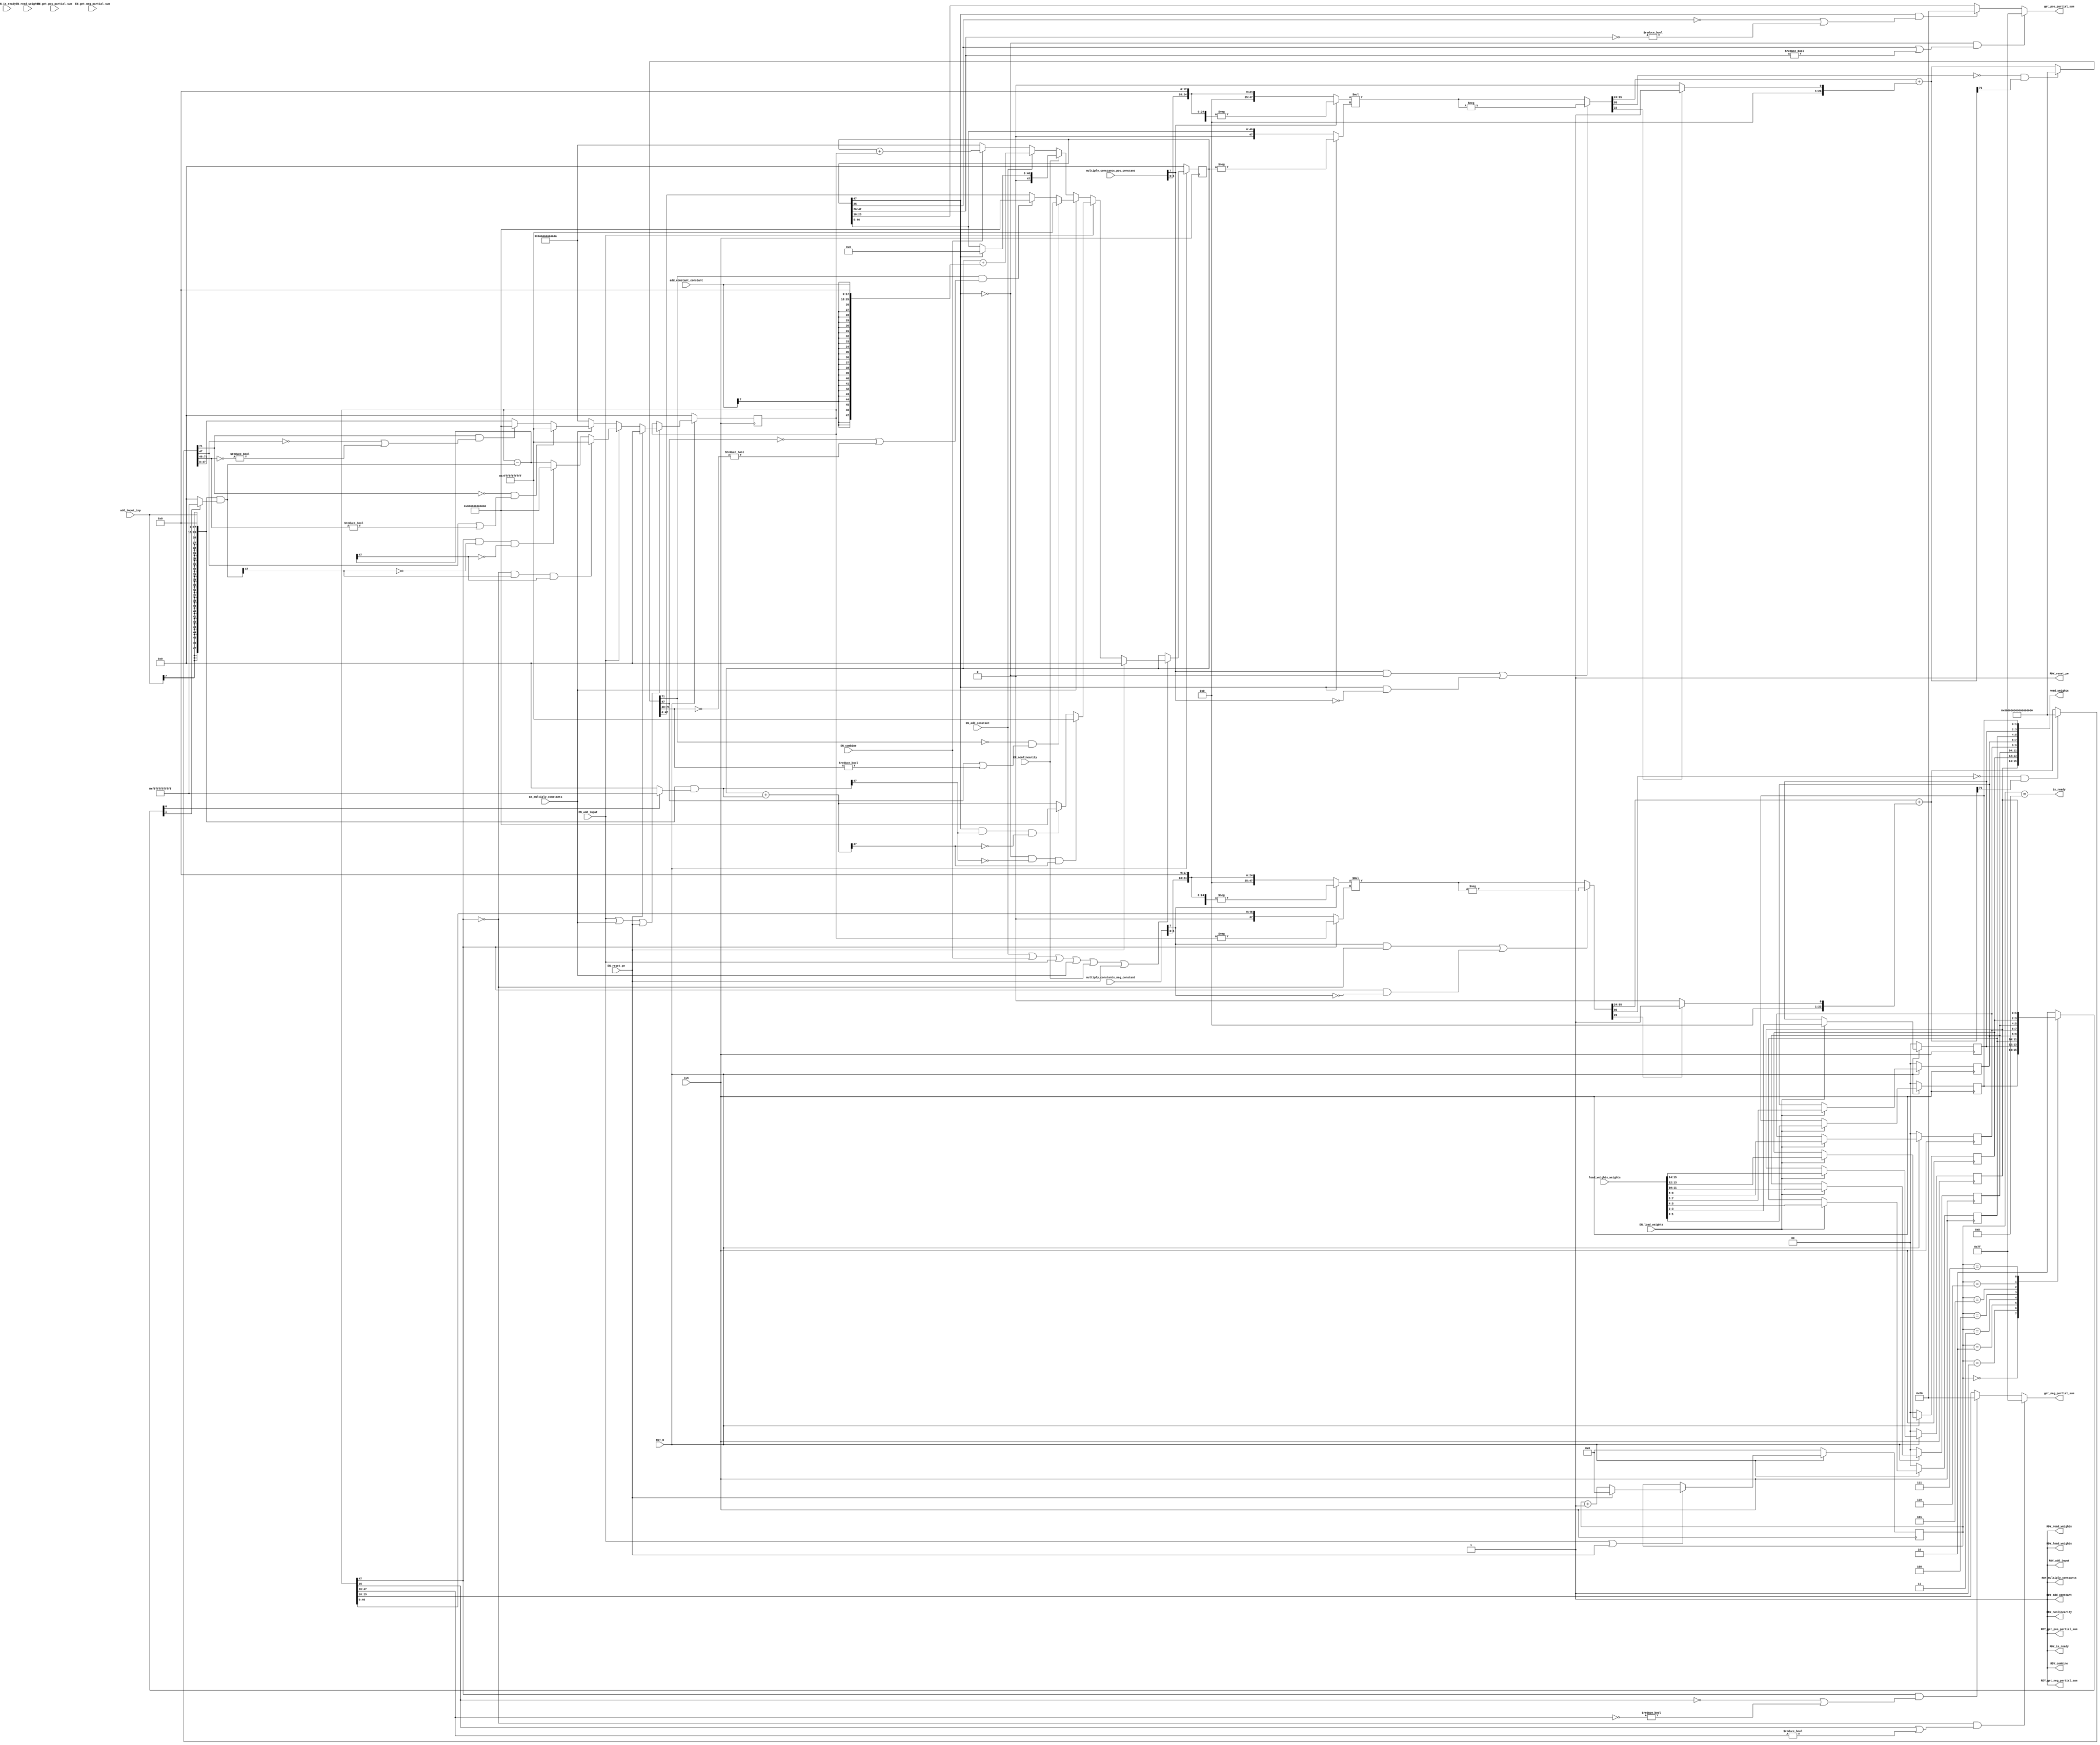
//
// Generated by Bluespec Compiler, version 2016.07.beta1 (build 34806, 2016-07-05)
//
// On Mon Dec 11 14:36:20 EST 2017
//
//
// Ports:
// Name                         I/O  size props
// RDY_load_weights               O     1 const
// RDY_add_input                  O     1 const
// RDY_multiply_constants         O     1 const
// RDY_combine                    O     1 const
// RDY_add_constant               O     1 const
// RDY_nonlinearity               O     1 const
// get_pos_partial_sum            O     8
// RDY_get_pos_partial_sum        O     1 const
// get_neg_partial_sum            O     8
// RDY_get_neg_partial_sum        O     1 const
// read_weights                   O    16 reg
// RDY_read_weights               O     1 const
// is_ready                       O     1
// RDY_is_ready                   O     1 const
// RDY_reset_pe                   O     1 const
// CLK                            I     1 clock
// RST_N                          I     1 reset
// load_weights_weights           I    16 reg
// add_input_inp                  I     8
// multiply_constants_pos_constant  I     8
// multiply_constants_neg_constant  I     8
// add_constant_constant          I     8
// EN_load_weights                I     1
// EN_add_input                   I     1
// EN_multiply_constants          I     1
// EN_combine                     I     1
// EN_add_constant                I     1
// EN_nonlinearity                I     1
// EN_reset_pe                    I     1
// EN_get_pos_partial_sum         I     1 unused
// EN_get_neg_partial_sum         I     1 unused
// EN_read_weights                I     1 unused
// EN_is_ready                    I     1 unused
//
// No combinational paths from inputs to outputs
//
//

`ifdef BSV_ASSIGNMENT_DELAY
`else
  `define BSV_ASSIGNMENT_DELAY
`endif

`ifdef BSV_POSITIVE_RESET
  `define BSV_RESET_VALUE 1'b1
  `define BSV_RESET_EDGE posedge
`else
  `define BSV_RESET_VALUE 1'b0
  `define BSV_RESET_EDGE negedge
`endif

module mkPE8(CLK,
	     RST_N,

	     load_weights_weights,
	     EN_load_weights,
	     RDY_load_weights,

	     add_input_inp,
	     EN_add_input,
	     RDY_add_input,

	     multiply_constants_pos_constant,
	     multiply_constants_neg_constant,
	     EN_multiply_constants,
	     RDY_multiply_constants,

	     EN_combine,
	     RDY_combine,

	     add_constant_constant,
	     EN_add_constant,
	     RDY_add_constant,

	     EN_nonlinearity,
	     RDY_nonlinearity,

	     EN_get_pos_partial_sum,
	     get_pos_partial_sum,
	     RDY_get_pos_partial_sum,

	     EN_get_neg_partial_sum,
	     get_neg_partial_sum,
	     RDY_get_neg_partial_sum,

	     EN_read_weights,
	     read_weights,
	     RDY_read_weights,

	     EN_is_ready,
	     is_ready,
	     RDY_is_ready,

	     EN_reset_pe,
	     RDY_reset_pe);
  input  CLK;
  input  RST_N;

  // action method load_weights
  input  [15 : 0] load_weights_weights;
  input  EN_load_weights;
  output RDY_load_weights;

  // action method add_input
  input  [7 : 0] add_input_inp;
  input  EN_add_input;
  output RDY_add_input;

  // action method multiply_constants
  input  [7 : 0] multiply_constants_pos_constant;
  input  [7 : 0] multiply_constants_neg_constant;
  input  EN_multiply_constants;
  output RDY_multiply_constants;

  // action method combine
  input  EN_combine;
  output RDY_combine;

  // action method add_constant
  input  [7 : 0] add_constant_constant;
  input  EN_add_constant;
  output RDY_add_constant;

  // action method nonlinearity
  input  EN_nonlinearity;
  output RDY_nonlinearity;

  // actionvalue method get_pos_partial_sum
  input  EN_get_pos_partial_sum;
  output [7 : 0] get_pos_partial_sum;
  output RDY_get_pos_partial_sum;

  // actionvalue method get_neg_partial_sum
  input  EN_get_neg_partial_sum;
  output [7 : 0] get_neg_partial_sum;
  output RDY_get_neg_partial_sum;

  // actionvalue method read_weights
  input  EN_read_weights;
  output [15 : 0] read_weights;
  output RDY_read_weights;

  // actionvalue method is_ready
  input  EN_is_ready;
  output is_ready;
  output RDY_is_ready;

  // action method reset_pe
  input  EN_reset_pe;
  output RDY_reset_pe;

  // signals for module outputs
  wire [15 : 0] read_weights;
  wire [7 : 0] get_neg_partial_sum, get_pos_partial_sum;
  wire RDY_add_constant,
       RDY_add_input,
       RDY_combine,
       RDY_get_neg_partial_sum,
       RDY_get_pos_partial_sum,
       RDY_is_ready,
       RDY_load_weights,
       RDY_multiply_constants,
       RDY_nonlinearity,
       RDY_read_weights,
       RDY_reset_pe,
       is_ready;

  // register m_neg_partial_sum
  reg [47 : 0] m_neg_partial_sum;
  reg [47 : 0] m_neg_partial_sum_D_IN;
  wire m_neg_partial_sum_EN;

  // register m_pos_partial_sum
  reg [47 : 0] m_pos_partial_sum;
  reg [47 : 0] m_pos_partial_sum_D_IN;
  wire m_pos_partial_sum_EN;

  // register m_step
  reg [3 : 0] m_step;
  wire [3 : 0] m_step_D_IN;
  wire m_step_EN;

  // register m_weight_regs_0
  reg [1 : 0] m_weight_regs_0;
  wire [1 : 0] m_weight_regs_0_D_IN;
  wire m_weight_regs_0_EN;

  // register m_weight_regs_1
  reg [1 : 0] m_weight_regs_1;
  wire [1 : 0] m_weight_regs_1_D_IN;
  wire m_weight_regs_1_EN;

  // register m_weight_regs_2
  reg [1 : 0] m_weight_regs_2;
  wire [1 : 0] m_weight_regs_2_D_IN;
  wire m_weight_regs_2_EN;

  // register m_weight_regs_3
  reg [1 : 0] m_weight_regs_3;
  wire [1 : 0] m_weight_regs_3_D_IN;
  wire m_weight_regs_3_EN;

  // register m_weight_regs_4
  reg [1 : 0] m_weight_regs_4;
  wire [1 : 0] m_weight_regs_4_D_IN;
  wire m_weight_regs_4_EN;

  // register m_weight_regs_5
  reg [1 : 0] m_weight_regs_5;
  wire [1 : 0] m_weight_regs_5_D_IN;
  wire m_weight_regs_5_EN;

  // register m_weight_regs_6
  reg [1 : 0] m_weight_regs_6;
  wire [1 : 0] m_weight_regs_6_D_IN;
  wire m_weight_regs_6_EN;

  // register m_weight_regs_7
  reg [1 : 0] m_weight_regs_7;
  wire [1 : 0] m_weight_regs_7_D_IN;
  wire m_weight_regs_7_EN;

  // rule scheduling signals
  wire CAN_FIRE_add_constant,
       CAN_FIRE_add_input,
       CAN_FIRE_combine,
       CAN_FIRE_get_neg_partial_sum,
       CAN_FIRE_get_pos_partial_sum,
       CAN_FIRE_is_ready,
       CAN_FIRE_load_weights,
       CAN_FIRE_multiply_constants,
       CAN_FIRE_nonlinearity,
       CAN_FIRE_read_weights,
       CAN_FIRE_reset_pe,
       WILL_FIRE_add_constant,
       WILL_FIRE_add_input,
       WILL_FIRE_combine,
       WILL_FIRE_get_neg_partial_sum,
       WILL_FIRE_get_pos_partial_sum,
       WILL_FIRE_is_ready,
       WILL_FIRE_load_weights,
       WILL_FIRE_multiply_constants,
       WILL_FIRE_nonlinearity,
       WILL_FIRE_read_weights,
       WILL_FIRE_reset_pe;

  // inputs to muxes for submodule ports
  wire [47 : 0] MUX_m_neg_partial_sum_write_1__VAL_2,
		MUX_m_neg_partial_sum_write_1__VAL_3,
		MUX_m_pos_partial_sum_write_1__VAL_2,
		MUX_m_pos_partial_sum_write_1__VAL_3,
		MUX_m_pos_partial_sum_write_1__VAL_4,
		MUX_m_pos_partial_sum_write_1__VAL_5,
		MUX_m_pos_partial_sum_write_1__VAL_6;
  wire [3 : 0] MUX_m_step_write_1__VAL_2;

  // remaining internal signals
  reg [1 : 0] SEL_ARR_m_weight_regs_0_7_m_weight_regs_1_8_m__ETC___d27;
  wire [95 : 0] IF_SEXT_multiply_constants_neg_constant_BITS_7_ETC___d118,
		IF_SEXT_multiply_constants_pos_constant_BITS_7_ETC___d74,
		x__h12150,
		x__h8045;
  wire [71 : 0] IF_NOT_IF_SEXT_multiply_constants_neg_constant_ETC___d130,
		IF_NOT_IF_SEXT_multiply_constants_pos_constant_ETC___d86,
		IF_SEXT_multiply_constants_neg_constant_BITS_7_ETC___d127,
		IF_SEXT_multiply_constants_pos_constant_BITS_7_ETC___d83;
  wire [47 : 0] SEXT_add_input_inp_BITS_7_TO_6_2_3_CONCAT_add__ETC___d30,
		SEXT_add_input_inp_BITS_7_TO_6_2_3_CONCAT_add__ETC___d47,
		c__h1994,
		m_neg_partial_sum_2_MINUS_SEXT_add_input_inp_B_ETC___d50,
		m_pos_partial_sum_PLUS_SEXT_add_input_inp_BITS_ETC___d34,
		x__h12204,
		x__h12220,
		x__h12223,
		x__h8102,
		x__h8118,
		x__h8121,
		y__h2843,
		y__h5264;
  wire [23 : 0] in2_f__h15164,
		in2_i__h15163,
		inp_se_f__h2847,
		inp_se_i__h2846,
		tmp1a_f__h8063,
		tmp1a_i__h8062,
		tmp3a_f__h12168,
		tmp3a_i__h12167,
		y_f__h12996,
		y_f__h8897;
  wire [1 : 0] add_constant_constant_BITS_7_TO_6__q3,
	       add_input_inp_BITS_7_TO_6__q1,
	       multiply_constants_neg_constant_BITS_7_TO_6__q4,
	       multiply_constants_pos_constant_BITS_7_TO_6__q2;

  // action method load_weights
  assign RDY_load_weights = 1'd1 ;
  assign CAN_FIRE_load_weights = 1'd1 ;
  assign WILL_FIRE_load_weights = EN_load_weights ;

  // action method add_input
  assign RDY_add_input = 1'd1 ;
  assign CAN_FIRE_add_input = 1'd1 ;
  assign WILL_FIRE_add_input = EN_add_input ;

  // action method multiply_constants
  assign RDY_multiply_constants = 1'd1 ;
  assign CAN_FIRE_multiply_constants = 1'd1 ;
  assign WILL_FIRE_multiply_constants = EN_multiply_constants ;

  // action method combine
  assign RDY_combine = 1'd1 ;
  assign CAN_FIRE_combine = 1'd1 ;
  assign WILL_FIRE_combine = EN_combine ;

  // action method add_constant
  assign RDY_add_constant = 1'd1 ;
  assign CAN_FIRE_add_constant = 1'd1 ;
  assign WILL_FIRE_add_constant = EN_add_constant ;

  // action method nonlinearity
  assign RDY_nonlinearity = 1'd1 ;
  assign CAN_FIRE_nonlinearity = 1'd1 ;
  assign WILL_FIRE_nonlinearity = EN_nonlinearity ;

  // actionvalue method get_pos_partial_sum
  assign get_pos_partial_sum =
	     (!m_pos_partial_sum[47] &&
	      (m_pos_partial_sum[25] || m_pos_partial_sum[47:26] != 22'd0)) ?
	       8'd127 :
	       ((m_pos_partial_sum[47] &&
		 (!m_pos_partial_sum[25] ||
		  ~m_pos_partial_sum[47:26] != 22'd0)) ?
		  8'd128 :
		  m_pos_partial_sum[25:18]) ;
  assign RDY_get_pos_partial_sum = 1'd1 ;
  assign CAN_FIRE_get_pos_partial_sum = 1'd1 ;
  assign WILL_FIRE_get_pos_partial_sum = EN_get_pos_partial_sum ;

  // actionvalue method get_neg_partial_sum
  assign get_neg_partial_sum =
	     (!m_neg_partial_sum[47] &&
	      (m_neg_partial_sum[25] || m_neg_partial_sum[47:26] != 22'd0)) ?
	       8'd127 :
	       ((m_neg_partial_sum[47] &&
		 (!m_neg_partial_sum[25] ||
		  ~m_neg_partial_sum[47:26] != 22'd0)) ?
		  8'd128 :
		  m_neg_partial_sum[25:18]) ;
  assign RDY_get_neg_partial_sum = 1'd1 ;
  assign CAN_FIRE_get_neg_partial_sum = 1'd1 ;
  assign WILL_FIRE_get_neg_partial_sum = EN_get_neg_partial_sum ;

  // actionvalue method read_weights
  assign read_weights =
	     { m_weight_regs_7,
	       m_weight_regs_6,
	       m_weight_regs_5,
	       m_weight_regs_4,
	       m_weight_regs_3,
	       m_weight_regs_2,
	       m_weight_regs_1,
	       m_weight_regs_0 } ;
  assign RDY_read_weights = 1'd1 ;
  assign CAN_FIRE_read_weights = 1'd1 ;
  assign WILL_FIRE_read_weights = EN_read_weights ;

  // actionvalue method is_ready
  assign is_ready = m_step == 4'd8 ;
  assign RDY_is_ready = 1'd1 ;
  assign CAN_FIRE_is_ready = 1'd1 ;
  assign WILL_FIRE_is_ready = EN_is_ready ;

  // action method reset_pe
  assign RDY_reset_pe = 1'd1 ;
  assign CAN_FIRE_reset_pe = 1'd1 ;
  assign WILL_FIRE_reset_pe = EN_reset_pe ;

  // inputs to muxes for submodule ports
  assign MUX_m_neg_partial_sum_write_1__VAL_2 =
	     (!m_neg_partial_sum[47] &&
	      SEXT_add_input_inp_BITS_7_TO_6_2_3_CONCAT_add__ETC___d47[47] &&
	      m_neg_partial_sum_2_MINUS_SEXT_add_input_inp_B_ETC___d50[47]) ?
	       48'h7FFFFFFFFFFF :
	       ((m_neg_partial_sum[47] &&
		 !SEXT_add_input_inp_BITS_7_TO_6_2_3_CONCAT_add__ETC___d47[47] &&
		 !m_neg_partial_sum_2_MINUS_SEXT_add_input_inp_B_ETC___d50[47]) ?
		  48'h800000000000 :
		  m_neg_partial_sum_2_MINUS_SEXT_add_input_inp_B_ETC___d50) ;
  assign MUX_m_neg_partial_sum_write_1__VAL_3 =
	     (!IF_NOT_IF_SEXT_multiply_constants_neg_constant_ETC___d130[71] &&
	      (IF_NOT_IF_SEXT_multiply_constants_neg_constant_ETC___d130[47] ||
	       IF_NOT_IF_SEXT_multiply_constants_neg_constant_ETC___d130[71:48] !=
	       24'd0)) ?
	       48'h7FFFFFFFFFFF :
	       ((IF_NOT_IF_SEXT_multiply_constants_neg_constant_ETC___d130[71] &&
		 (!IF_NOT_IF_SEXT_multiply_constants_neg_constant_ETC___d130[47] ||
		  ~IF_NOT_IF_SEXT_multiply_constants_neg_constant_ETC___d130[71:48] !=
		  24'd0)) ?
		  48'h800000000000 :
		  IF_NOT_IF_SEXT_multiply_constants_neg_constant_ETC___d130[47:0]) ;
  assign MUX_m_pos_partial_sum_write_1__VAL_2 =
	     (!m_pos_partial_sum[47] &&
	      !SEXT_add_input_inp_BITS_7_TO_6_2_3_CONCAT_add__ETC___d30[47] &&
	      m_pos_partial_sum_PLUS_SEXT_add_input_inp_BITS_ETC___d34[47]) ?
	       48'h7FFFFFFFFFFF :
	       ((m_pos_partial_sum[47] &&
		 SEXT_add_input_inp_BITS_7_TO_6_2_3_CONCAT_add__ETC___d30[47] &&
		 !m_pos_partial_sum_PLUS_SEXT_add_input_inp_BITS_ETC___d34[47]) ?
		  48'h800000000000 :
		  m_pos_partial_sum_PLUS_SEXT_add_input_inp_BITS_ETC___d34) ;
  assign MUX_m_pos_partial_sum_write_1__VAL_3 =
	     (!IF_NOT_IF_SEXT_multiply_constants_pos_constant_ETC___d86[71] &&
	      (IF_NOT_IF_SEXT_multiply_constants_pos_constant_ETC___d86[47] ||
	       IF_NOT_IF_SEXT_multiply_constants_pos_constant_ETC___d86[71:48] !=
	       24'd0)) ?
	       48'h7FFFFFFFFFFF :
	       ((IF_NOT_IF_SEXT_multiply_constants_pos_constant_ETC___d86[71] &&
		 (!IF_NOT_IF_SEXT_multiply_constants_pos_constant_ETC___d86[47] ||
		  ~IF_NOT_IF_SEXT_multiply_constants_pos_constant_ETC___d86[71:48] !=
		  24'd0)) ?
		  48'h800000000000 :
		  IF_NOT_IF_SEXT_multiply_constants_pos_constant_ETC___d86[47:0]) ;
  assign MUX_m_pos_partial_sum_write_1__VAL_4 =
	     m_pos_partial_sum[47] ? 48'd0 : m_pos_partial_sum ;
  assign MUX_m_pos_partial_sum_write_1__VAL_5 =
	     m_pos_partial_sum + { in2_i__h15163, in2_f__h15164 } ;
  assign MUX_m_pos_partial_sum_write_1__VAL_6 =
	     m_pos_partial_sum + m_neg_partial_sum ;
  assign MUX_m_step_write_1__VAL_2 = m_step + 4'd1 ;

  // register m_neg_partial_sum
  always@(EN_reset_pe or
	  EN_add_input or
	  MUX_m_neg_partial_sum_write_1__VAL_2 or
	  EN_multiply_constants or MUX_m_neg_partial_sum_write_1__VAL_3)
  case (1'b1)
    EN_reset_pe: m_neg_partial_sum_D_IN = 48'd0;
    EN_add_input:
	m_neg_partial_sum_D_IN = MUX_m_neg_partial_sum_write_1__VAL_2;
    EN_multiply_constants:
	m_neg_partial_sum_D_IN = MUX_m_neg_partial_sum_write_1__VAL_3;
    default: m_neg_partial_sum_D_IN =
		 48'hAAAAAAAAAAAA /* unspecified value */ ;
  endcase
  assign m_neg_partial_sum_EN =
	     EN_add_input || EN_multiply_constants || EN_reset_pe ;

  // register m_pos_partial_sum
  always@(EN_reset_pe or
	  EN_add_input or
	  MUX_m_pos_partial_sum_write_1__VAL_2 or
	  EN_multiply_constants or
	  MUX_m_pos_partial_sum_write_1__VAL_3 or
	  EN_nonlinearity or
	  MUX_m_pos_partial_sum_write_1__VAL_4 or
	  EN_add_constant or
	  MUX_m_pos_partial_sum_write_1__VAL_5 or
	  EN_combine or MUX_m_pos_partial_sum_write_1__VAL_6)
  case (1'b1)
    EN_reset_pe: m_pos_partial_sum_D_IN = 48'd0;
    EN_add_input:
	m_pos_partial_sum_D_IN = MUX_m_pos_partial_sum_write_1__VAL_2;
    EN_multiply_constants:
	m_pos_partial_sum_D_IN = MUX_m_pos_partial_sum_write_1__VAL_3;
    EN_nonlinearity:
	m_pos_partial_sum_D_IN = MUX_m_pos_partial_sum_write_1__VAL_4;
    EN_add_constant:
	m_pos_partial_sum_D_IN = MUX_m_pos_partial_sum_write_1__VAL_5;
    EN_combine: m_pos_partial_sum_D_IN = MUX_m_pos_partial_sum_write_1__VAL_6;
    default: m_pos_partial_sum_D_IN =
		 48'hAAAAAAAAAAAA /* unspecified value */ ;
  endcase
  assign m_pos_partial_sum_EN =
	     EN_add_constant || EN_combine || EN_add_input ||
	     EN_multiply_constants ||
	     EN_nonlinearity ||
	     EN_reset_pe ;

  // register m_step
  assign m_step_D_IN = EN_reset_pe ? 4'd0 : MUX_m_step_write_1__VAL_2 ;
  assign m_step_EN = EN_add_input || EN_reset_pe ;

  // register m_weight_regs_0
  assign m_weight_regs_0_D_IN = load_weights_weights[1:0] ;
  assign m_weight_regs_0_EN = EN_load_weights ;

  // register m_weight_regs_1
  assign m_weight_regs_1_D_IN = load_weights_weights[3:2] ;
  assign m_weight_regs_1_EN = EN_load_weights ;

  // register m_weight_regs_2
  assign m_weight_regs_2_D_IN = load_weights_weights[5:4] ;
  assign m_weight_regs_2_EN = EN_load_weights ;

  // register m_weight_regs_3
  assign m_weight_regs_3_D_IN = load_weights_weights[7:6] ;
  assign m_weight_regs_3_EN = EN_load_weights ;

  // register m_weight_regs_4
  assign m_weight_regs_4_D_IN = load_weights_weights[9:8] ;
  assign m_weight_regs_4_EN = EN_load_weights ;

  // register m_weight_regs_5
  assign m_weight_regs_5_D_IN = load_weights_weights[11:10] ;
  assign m_weight_regs_5_EN = EN_load_weights ;

  // register m_weight_regs_6
  assign m_weight_regs_6_D_IN = load_weights_weights[13:12] ;
  assign m_weight_regs_6_EN = EN_load_weights ;

  // register m_weight_regs_7
  assign m_weight_regs_7_D_IN = load_weights_weights[15:14] ;
  assign m_weight_regs_7_EN = EN_load_weights ;

  // remaining internal signals
  assign IF_NOT_IF_SEXT_multiply_constants_neg_constant_ETC___d130 =
	     (!x__h12150[95] &&
	      IF_SEXT_multiply_constants_neg_constant_BITS_7_ETC___d127[71]) ?
	       72'h7FFFFFFFFFFFFFFFFF :
	       IF_SEXT_multiply_constants_neg_constant_BITS_7_ETC___d127 ;
  assign IF_NOT_IF_SEXT_multiply_constants_pos_constant_ETC___d86 =
	     (!x__h8045[95] &&
	      IF_SEXT_multiply_constants_pos_constant_BITS_7_ETC___d83[71]) ?
	       72'h7FFFFFFFFFFFFFFFFF :
	       IF_SEXT_multiply_constants_pos_constant_BITS_7_ETC___d83 ;
  assign IF_SEXT_multiply_constants_neg_constant_BITS_7_ETC___d118 =
	     x__h12204 * x__h12223 ;
  assign IF_SEXT_multiply_constants_neg_constant_BITS_7_ETC___d127 =
	     x__h12150[95:24] + { 48'd0, y_f__h12996 } ;
  assign IF_SEXT_multiply_constants_pos_constant_BITS_7_ETC___d74 =
	     x__h8102 * x__h8121 ;
  assign IF_SEXT_multiply_constants_pos_constant_BITS_7_ETC___d83 =
	     x__h8045[95:24] + { 48'd0, y_f__h8897 } ;
  assign SEXT_add_input_inp_BITS_7_TO_6_2_3_CONCAT_add__ETC___d30 =
	     c__h1994 & y__h2843 ;
  assign SEXT_add_input_inp_BITS_7_TO_6_2_3_CONCAT_add__ETC___d47 =
	     c__h1994 & y__h5264 ;
  assign add_constant_constant_BITS_7_TO_6__q3 = add_constant_constant[7:6] ;
  assign add_input_inp_BITS_7_TO_6__q1 = add_input_inp[7:6] ;
  assign c__h1994 = { inp_se_i__h2846, inp_se_f__h2847 } ;
  assign in2_f__h15164 = { add_constant_constant[5:0], 18'd0 } ;
  assign in2_i__h15163 =
	     { {22{add_constant_constant_BITS_7_TO_6__q3[1]}},
	       add_constant_constant_BITS_7_TO_6__q3 } ;
  assign inp_se_f__h2847 = { add_input_inp[5:0], 18'd0 } ;
  assign inp_se_i__h2846 =
	     { {22{add_input_inp_BITS_7_TO_6__q1[1]}},
	       add_input_inp_BITS_7_TO_6__q1 } ;
  assign m_neg_partial_sum_2_MINUS_SEXT_add_input_inp_B_ETC___d50 =
	     m_neg_partial_sum -
	     SEXT_add_input_inp_BITS_7_TO_6_2_3_CONCAT_add__ETC___d47 ;
  assign m_pos_partial_sum_PLUS_SEXT_add_input_inp_BITS_ETC___d34 =
	     m_pos_partial_sum +
	     SEXT_add_input_inp_BITS_7_TO_6_2_3_CONCAT_add__ETC___d30 ;
  assign multiply_constants_neg_constant_BITS_7_TO_6__q4 =
	     multiply_constants_neg_constant[7:6] ;
  assign multiply_constants_pos_constant_BITS_7_TO_6__q2 =
	     multiply_constants_pos_constant[7:6] ;
  assign tmp1a_f__h8063 = { multiply_constants_pos_constant[5:0], 18'd0 } ;
  assign tmp1a_i__h8062 =
	     { {22{multiply_constants_pos_constant_BITS_7_TO_6__q2[1]}},
	       multiply_constants_pos_constant_BITS_7_TO_6__q2 } ;
  assign tmp3a_f__h12168 = { multiply_constants_neg_constant[5:0], 18'd0 } ;
  assign tmp3a_i__h12167 =
	     { {22{multiply_constants_neg_constant_BITS_7_TO_6__q4[1]}},
	       multiply_constants_neg_constant_BITS_7_TO_6__q4 } ;
  assign x__h12150 =
	     (tmp3a_i__h12167[23] && !m_neg_partial_sum[47] ||
	      m_neg_partial_sum[47] && !tmp3a_i__h12167[23]) ?
	       -IF_SEXT_multiply_constants_neg_constant_BITS_7_ETC___d118 :
	       IF_SEXT_multiply_constants_neg_constant_BITS_7_ETC___d118 ;
  assign x__h12204 = tmp3a_i__h12167[23] ? -x__h12220 : x__h12220 ;
  assign x__h12220 = { tmp3a_i__h12167, tmp3a_f__h12168 } ;
  assign x__h12223 =
	     m_neg_partial_sum[47] ? -m_neg_partial_sum : m_neg_partial_sum ;
  assign x__h8045 =
	     (tmp1a_i__h8062[23] && !m_pos_partial_sum[47] ||
	      m_pos_partial_sum[47] && !tmp1a_i__h8062[23]) ?
	       -IF_SEXT_multiply_constants_pos_constant_BITS_7_ETC___d74 :
	       IF_SEXT_multiply_constants_pos_constant_BITS_7_ETC___d74 ;
  assign x__h8102 = tmp1a_i__h8062[23] ? -x__h8118 : x__h8118 ;
  assign x__h8118 = { tmp1a_i__h8062, tmp1a_f__h8063 } ;
  assign x__h8121 =
	     m_pos_partial_sum[47] ? -m_pos_partial_sum : m_pos_partial_sum ;
  assign y__h2843 =
	     SEL_ARR_m_weight_regs_0_7_m_weight_regs_1_8_m__ETC___d27[0] ?
	       48'hFFFFFFFFFFFF :
	       48'd0 ;
  assign y__h5264 =
	     SEL_ARR_m_weight_regs_0_7_m_weight_regs_1_8_m__ETC___d27[1] ?
	       48'hFFFFFFFFFFFF :
	       48'd0 ;
  assign y_f__h12996 = x__h12150[23] ? 24'd1 : 24'd0 ;
  assign y_f__h8897 = x__h8045[23] ? 24'd1 : 24'd0 ;
  always@(m_step or
	  m_weight_regs_0 or
	  m_weight_regs_1 or
	  m_weight_regs_2 or
	  m_weight_regs_3 or
	  m_weight_regs_4 or
	  m_weight_regs_5 or m_weight_regs_6 or m_weight_regs_7)
  begin
    case (m_step)
      4'd0:
	  SEL_ARR_m_weight_regs_0_7_m_weight_regs_1_8_m__ETC___d27 =
	      m_weight_regs_0;
      4'd1:
	  SEL_ARR_m_weight_regs_0_7_m_weight_regs_1_8_m__ETC___d27 =
	      m_weight_regs_1;
      4'd2:
	  SEL_ARR_m_weight_regs_0_7_m_weight_regs_1_8_m__ETC___d27 =
	      m_weight_regs_2;
      4'd3:
	  SEL_ARR_m_weight_regs_0_7_m_weight_regs_1_8_m__ETC___d27 =
	      m_weight_regs_3;
      4'd4:
	  SEL_ARR_m_weight_regs_0_7_m_weight_regs_1_8_m__ETC___d27 =
	      m_weight_regs_4;
      4'd5:
	  SEL_ARR_m_weight_regs_0_7_m_weight_regs_1_8_m__ETC___d27 =
	      m_weight_regs_5;
      4'd6:
	  SEL_ARR_m_weight_regs_0_7_m_weight_regs_1_8_m__ETC___d27 =
	      m_weight_regs_6;
      4'd7:
	  SEL_ARR_m_weight_regs_0_7_m_weight_regs_1_8_m__ETC___d27 =
	      m_weight_regs_7;
      default: SEL_ARR_m_weight_regs_0_7_m_weight_regs_1_8_m__ETC___d27 =
		   2'b10 /* unspecified value */ ;
    endcase
  end

  // handling of inlined registers

  always@(posedge CLK)
  begin
    if (RST_N == `BSV_RESET_VALUE)
      begin
        m_neg_partial_sum <= `BSV_ASSIGNMENT_DELAY 48'd0;
	m_pos_partial_sum <= `BSV_ASSIGNMENT_DELAY 48'd0;
	m_step <= `BSV_ASSIGNMENT_DELAY 4'd0;
	m_weight_regs_0 <= `BSV_ASSIGNMENT_DELAY 2'd0;
	m_weight_regs_1 <= `BSV_ASSIGNMENT_DELAY 2'd0;
	m_weight_regs_2 <= `BSV_ASSIGNMENT_DELAY 2'd0;
	m_weight_regs_3 <= `BSV_ASSIGNMENT_DELAY 2'd0;
	m_weight_regs_4 <= `BSV_ASSIGNMENT_DELAY 2'd0;
	m_weight_regs_5 <= `BSV_ASSIGNMENT_DELAY 2'd0;
	m_weight_regs_6 <= `BSV_ASSIGNMENT_DELAY 2'd0;
	m_weight_regs_7 <= `BSV_ASSIGNMENT_DELAY 2'd0;
      end
    else
      begin
        if (m_neg_partial_sum_EN)
	  m_neg_partial_sum <= `BSV_ASSIGNMENT_DELAY m_neg_partial_sum_D_IN;
	if (m_pos_partial_sum_EN)
	  m_pos_partial_sum <= `BSV_ASSIGNMENT_DELAY m_pos_partial_sum_D_IN;
	if (m_step_EN) m_step <= `BSV_ASSIGNMENT_DELAY m_step_D_IN;
	if (m_weight_regs_0_EN)
	  m_weight_regs_0 <= `BSV_ASSIGNMENT_DELAY m_weight_regs_0_D_IN;
	if (m_weight_regs_1_EN)
	  m_weight_regs_1 <= `BSV_ASSIGNMENT_DELAY m_weight_regs_1_D_IN;
	if (m_weight_regs_2_EN)
	  m_weight_regs_2 <= `BSV_ASSIGNMENT_DELAY m_weight_regs_2_D_IN;
	if (m_weight_regs_3_EN)
	  m_weight_regs_3 <= `BSV_ASSIGNMENT_DELAY m_weight_regs_3_D_IN;
	if (m_weight_regs_4_EN)
	  m_weight_regs_4 <= `BSV_ASSIGNMENT_DELAY m_weight_regs_4_D_IN;
	if (m_weight_regs_5_EN)
	  m_weight_regs_5 <= `BSV_ASSIGNMENT_DELAY m_weight_regs_5_D_IN;
	if (m_weight_regs_6_EN)
	  m_weight_regs_6 <= `BSV_ASSIGNMENT_DELAY m_weight_regs_6_D_IN;
	if (m_weight_regs_7_EN)
	  m_weight_regs_7 <= `BSV_ASSIGNMENT_DELAY m_weight_regs_7_D_IN;
      end
  end

  // synopsys translate_off
  `ifdef BSV_NO_INITIAL_BLOCKS
  `else // not BSV_NO_INITIAL_BLOCKS
  initial
  begin
    m_neg_partial_sum = 48'hAAAAAAAAAAAA;
    m_pos_partial_sum = 48'hAAAAAAAAAAAA;
    m_step = 4'hA;
    m_weight_regs_0 = 2'h2;
    m_weight_regs_1 = 2'h2;
    m_weight_regs_2 = 2'h2;
    m_weight_regs_3 = 2'h2;
    m_weight_regs_4 = 2'h2;
    m_weight_regs_5 = 2'h2;
    m_weight_regs_6 = 2'h2;
    m_weight_regs_7 = 2'h2;
  end
  `endif // BSV_NO_INITIAL_BLOCKS
  // synopsys translate_on
endmodule  // mkPE8